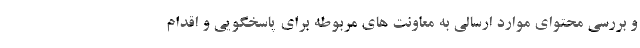
و بررسی محتوای موارد ارسالی به معاونت های مربوطه برای پاسخگویی و اقدام